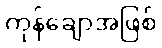
ကုန်ချောအဖြစ်